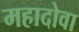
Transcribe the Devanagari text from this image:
महादोवा